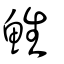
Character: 鮏